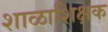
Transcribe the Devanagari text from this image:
शाळाशिक्षक